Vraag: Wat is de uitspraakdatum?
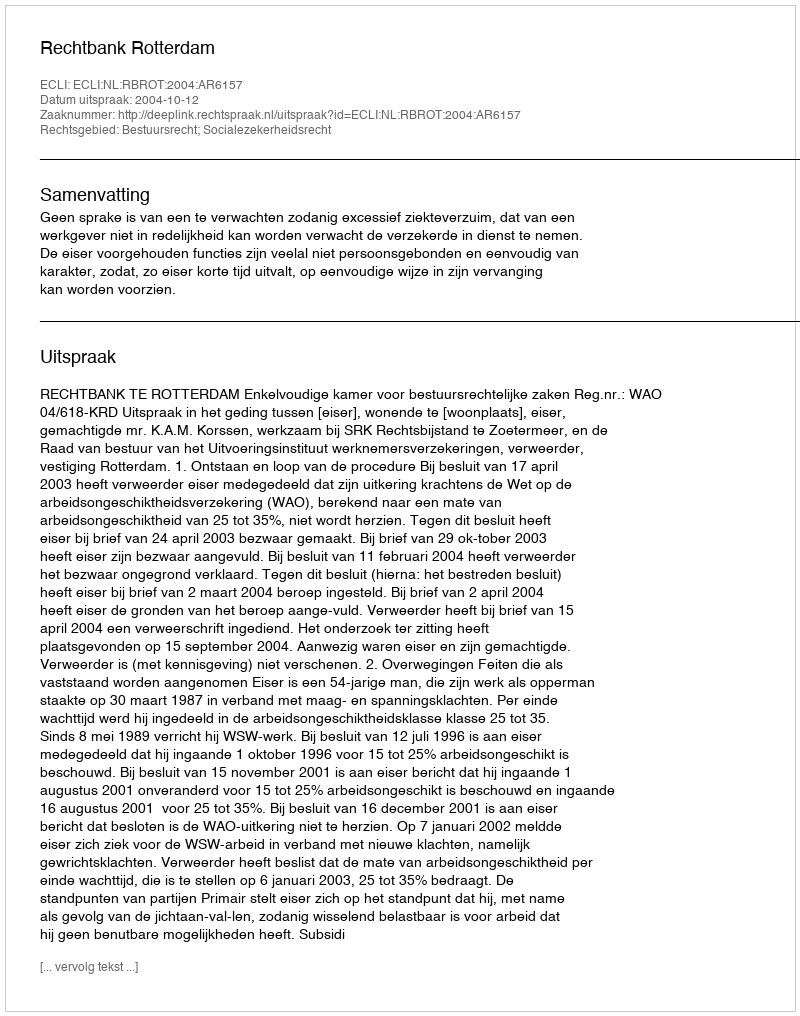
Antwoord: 2004-10-12